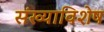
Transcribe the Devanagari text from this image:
संख्याविशेष